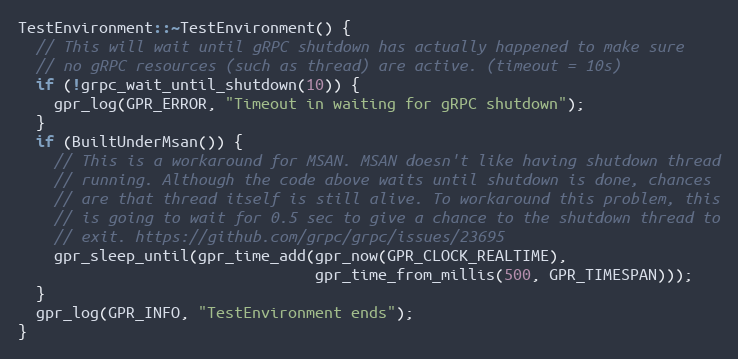
Language: C++
TestEnvironment::~TestEnvironment() {
  // This will wait until gRPC shutdown has actually happened to make sure
  // no gRPC resources (such as thread) are active. (timeout = 10s)
  if (!grpc_wait_until_shutdown(10)) {
    gpr_log(GPR_ERROR, "Timeout in waiting for gRPC shutdown");
  }
  if (BuiltUnderMsan()) {
    // This is a workaround for MSAN. MSAN doesn't like having shutdown thread
    // running. Although the code above waits until shutdown is done, chances
    // are that thread itself is still alive. To workaround this problem, this
    // is going to wait for 0.5 sec to give a chance to the shutdown thread to
    // exit. https://github.com/grpc/grpc/issues/23695
    gpr_sleep_until(gpr_time_add(gpr_now(GPR_CLOCK_REALTIME),
                                 gpr_time_from_millis(500, GPR_TIMESPAN)));
  }
  gpr_log(GPR_INFO, "TestEnvironment ends");
}